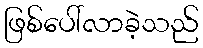
ဖြစ်ပေါ်လာခဲ့သည်